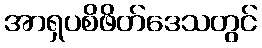
အာရှပစိဖိတ်ဒေသတွင်